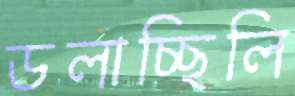
ডলাচ্ছিলি